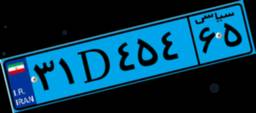
۳۱D۴۵۴۶۵